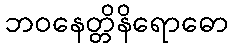
ဘဝနေတ္တိနိရောဓော